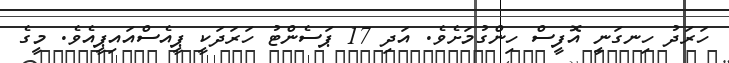
ހަރަދު ހިނގަނީ އޮފީސް ހިންގުމަށެވެ. އަދި 17 ޕަސެންޓު ހަރަދަކީ ޕީއެސްއައިޕީއެވެ. މީގެ